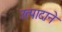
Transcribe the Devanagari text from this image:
उत्पादाने